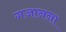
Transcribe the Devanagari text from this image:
गजानना